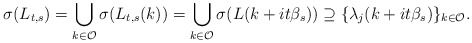
\begin{align*}\sigma(L_{t,s})=\bigcup_{k \in \mathcal{O}} \sigma(L_{t,s}(k))=\bigcup_{k \in \mathcal{O}} \sigma(L(k+it\beta_s)) \supseteq \{\lambda_{j}(k+it\beta_s)\}_{k\in \mathcal{O}}.\end{align*}